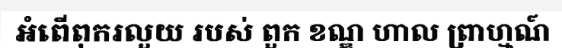
អំពើពុករលួយ របស់ ពួក ខណ្ឌ ហាល ព្រាហ្មណ៍